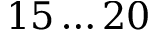
1 5 \ldots 2 0